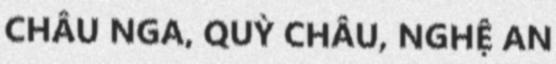
CHÂU NGA, QUỲ CHÂU, NGHỆ AN